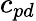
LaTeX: c_{pd}